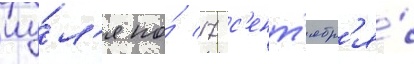
иу́л'я по́ 17 с'ент'ябр'я́